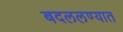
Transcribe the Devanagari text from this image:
बदललण्यात